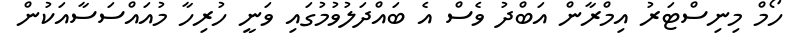
ހޯމް މިނިސްޓަރު އިމްރާން އަބްދު ވެސް އެ ބައްދަލުވުމުގައި ވަނީ ހުރިހާ މުއައްސަސާއަކުން